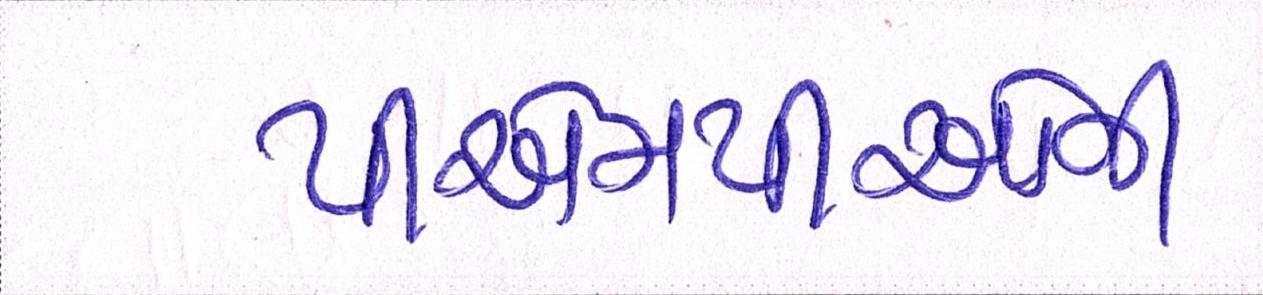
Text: પીએમપીઓની